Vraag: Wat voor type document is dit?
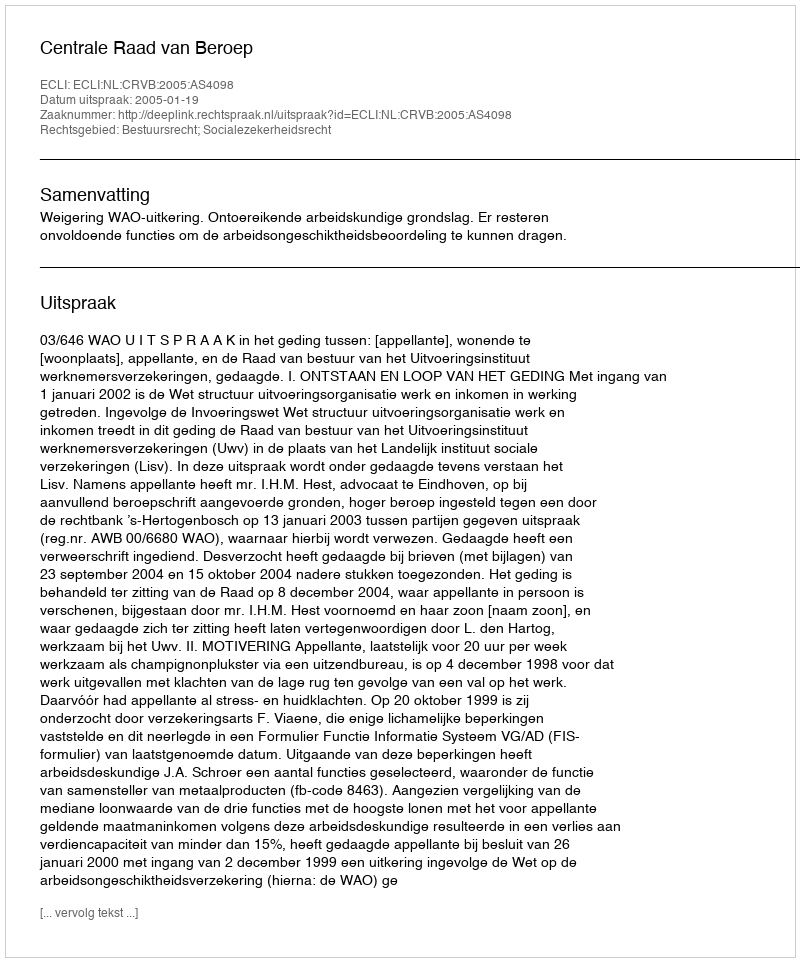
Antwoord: Uitspraak